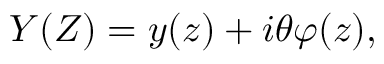
Y ( Z ) = y ( z ) + i \theta \varphi ( z ) ,